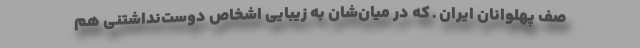
صف پهلوانان ایران ـ که در میان‌شان به زیبایی اشخاص دوست‌نداشتنی هم